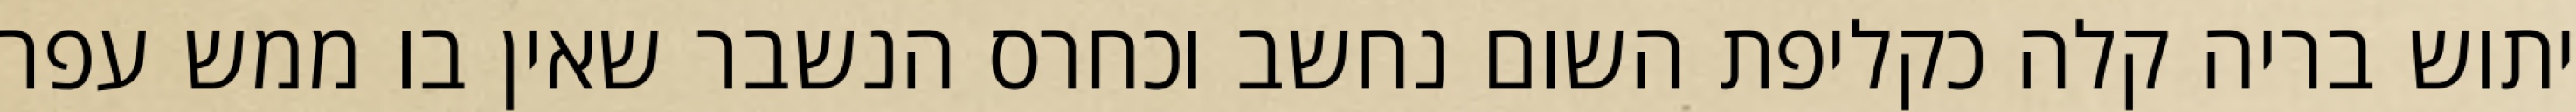
יתוש בריה קלה כקליפת השום נחשב וכחרס הנשבר שאין בו ממש עפר